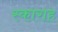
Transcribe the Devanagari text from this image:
स्काराह